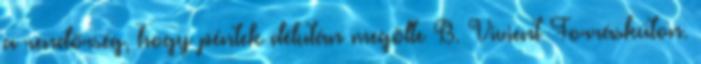
a rendőrség, hogy péntek délután megölte B. Vivient Forráskúton.